Karu_vallavalitsus_Parnumaal, lk 62
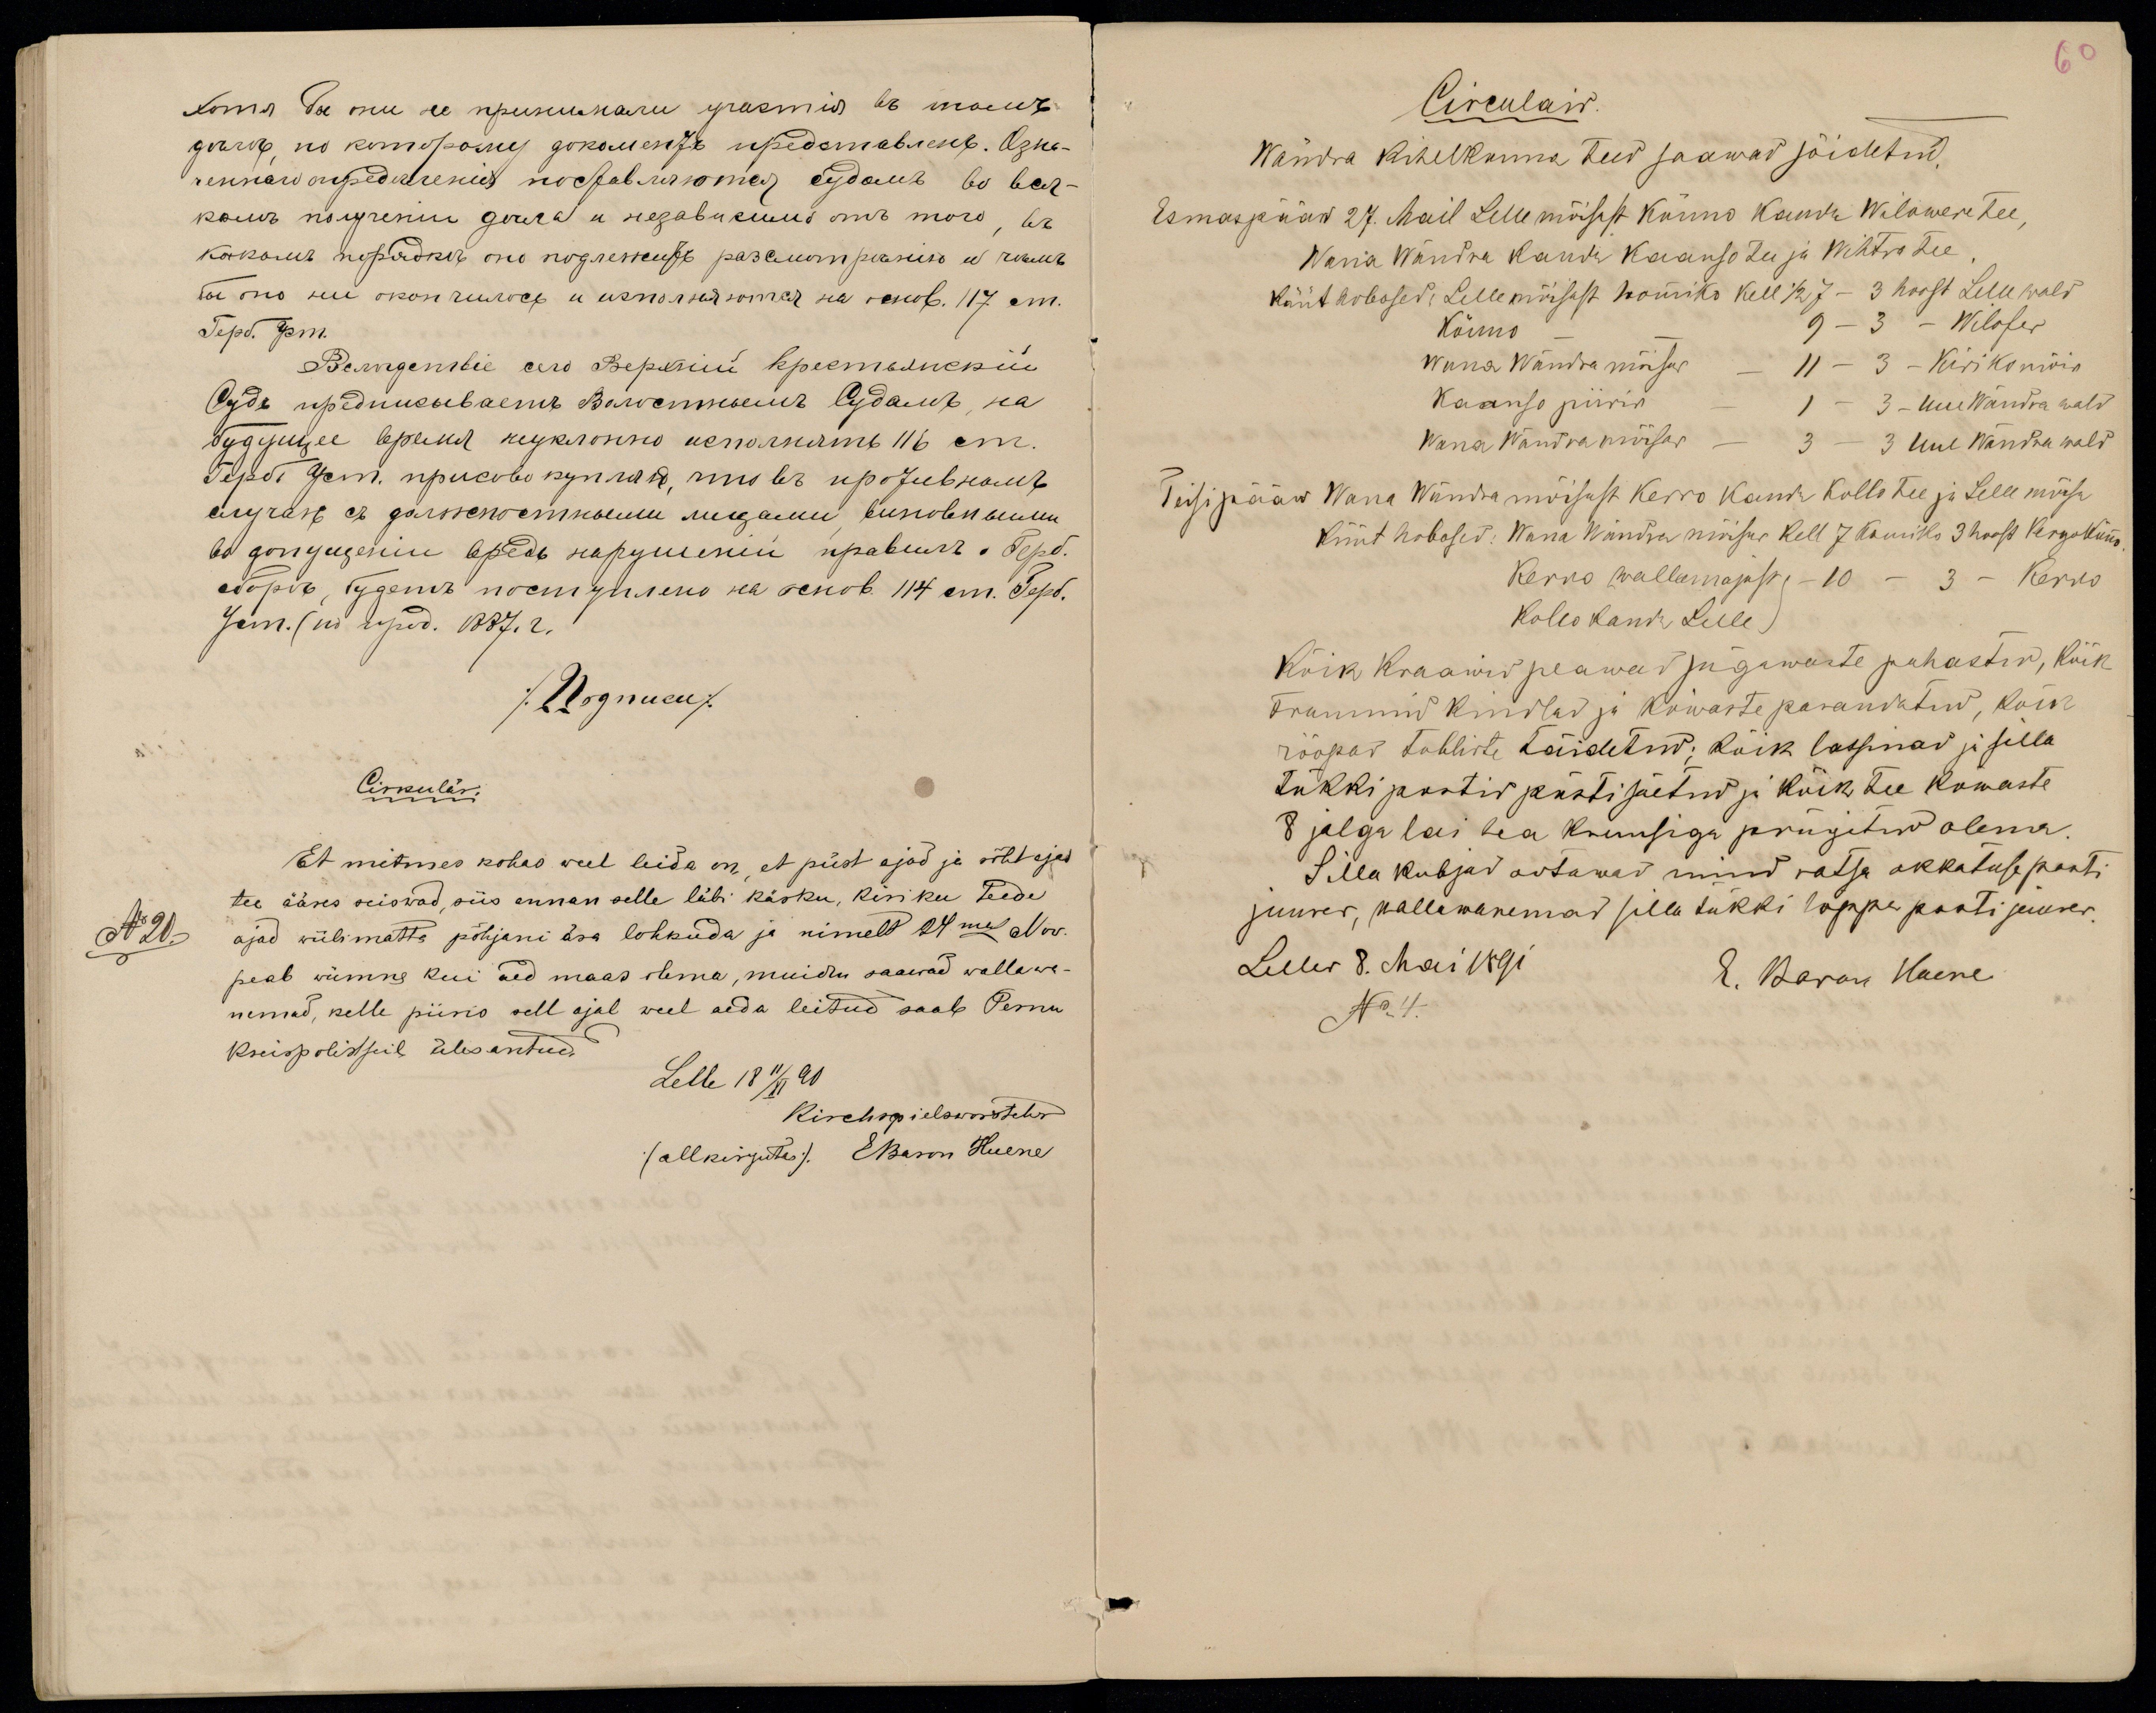
Cirkulär.
Et mitmes kohas weel leida on, et püst ajad ja rõhtajad
tee ääres seiswad, siis annan selle läbi käsku, kiriku teede
No 20.
ajad wiibimatta põhjani ära lohkuda ja nimelt 24mal Now.
peab wiimne kui aed maas olema, muidu saawad wallawa-
nemad, kelle piiris sell ajal weel aeda leitud saab Pernu
kreispolistseil ülesantud.
Lelle 18 11/XI 90
Kirchspielsworsteher
(allkirjutas) EBaron Huene

60
Circulair.
Wändra kihelkonna teed saawad sõidetud.
Esmaspääw 27. Mail Lelle mõisast Kõnno kaudu Wilowere tee,
Wana Wändra kaudu Kaanso tee ja Wihtra tee.
küüt hobosed: Lelle mõisast hommiko kell 1/2 7 - 3 hoost Lelle wald
Kõnno - - 9 - 3 - Wilofer
Wana Wändra mõisas - 11 - 3 - Kirikomõis
Kaanso piiris - 1 - 3 - Uue Wändra wald
Wana Wändra mõisas - 3 - 3 Uue Wändra wald
Teisipääw Wana Wändra mõisast Kerro kaudu Kollo tee ja Lelle mõisa
küüt hobosed: Wana Wändra mõisas kell 7 homiko 3 hoost KergoKõnno.
Kerro wallamajast - 10 - 3 - Kerro
Kollo kaudu Lelle
Kõik kraawid peawad sügawaste puhastud, kõik
trummid kindlad ja kõwaste parandatud, kõik
rööpad tubliste täidetud; kõik lassinad ja silla
tükki postid püsti säetud ja kõik tee kõwaste
8 jalga lai hea kruusiga prügitud olema.
Silla kubjad ootawad mind ratsa akkatuse posti
juures, wallawanemad silla tükki lõppu posti juures.
Lelles 8. Mai 1891
E. Baron Huene
No 4.